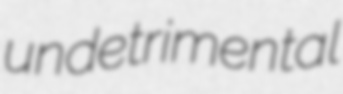
undetrimental